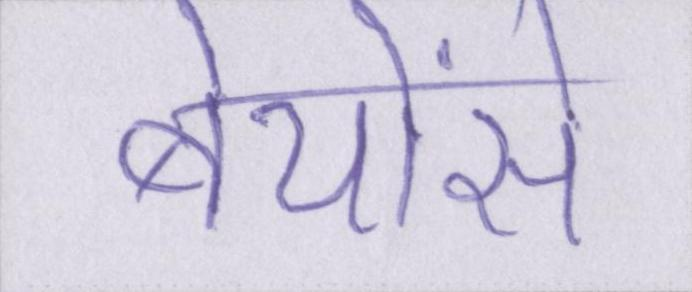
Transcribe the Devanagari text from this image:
बेयोंसे